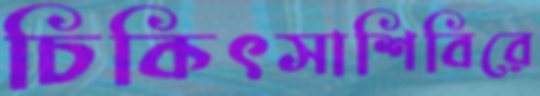
চিকিৎসাশিবিরে